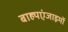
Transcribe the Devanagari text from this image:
बाह्यएंजाइमों